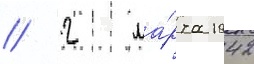
// 2 ма́рта 1942